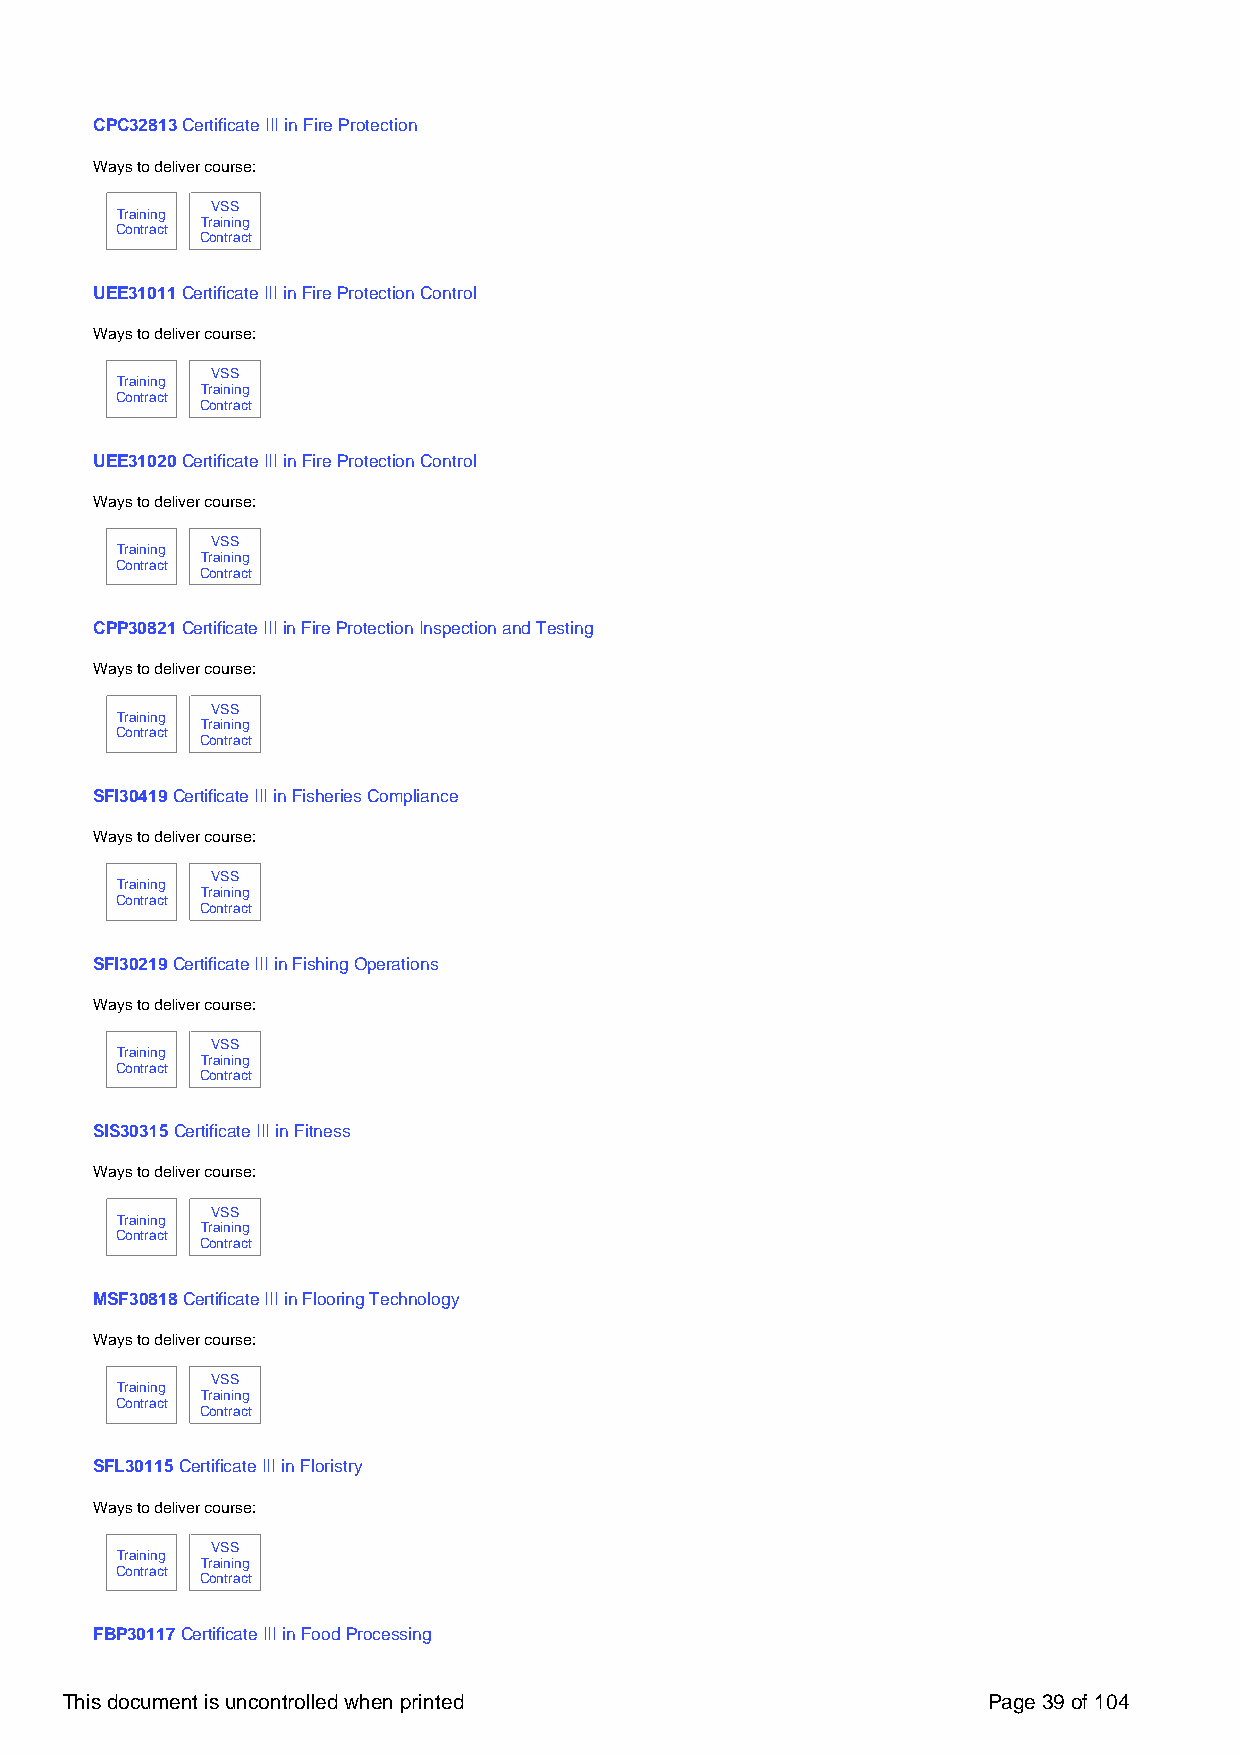
CPC32813 Certificate III in Fire Protection
 Ways to deliver course:
 VSS
 Training
 Training
 Contract
 Contract
 UEE31011 Certificate III in Fire Protection Control
 Ways to deliver course:
 VSS
 Training
 Training
 Contract
 Contract
 UEE31020 Certificate III in Fire Protection Control
 Ways to deliver course:
 VSS
 Training
 Training
 Contract
 Contract
 CPP30821 Certificate III in Fire Protection Inspection and Testing
 Ways to deliver course:
 VSS
 Training
 Training
 Contract
 Contract
 SFI30419 Certificate III in Fisheries Compliance
 Ways to deliver course:
 VSS
 Training
 Training
 Contract
 Contract
 SFI30219 Certificate III in Fishing Operations
 Ways to deliver course:
 VSS
 Training
 Training
 Contract
 Contract
 SIS30315 Certificate III in Fitness
 Ways to deliver course:
 VSS
 Training
 Training
 Contract
 Contract
 MSF30818 Certificate III in Flooring Technology
 Ways to deliver course:
 VSS
 Training
 Training
 Contract
 Contract
 SFL30115 Certificate III in Floristry
 Ways to deliver course:
 VSS
 Training
 Training
 Contract
 Contract
 FBP30117 Certificate III in Food Processing
 This document is uncontrolled when printed                   Page 39 of 104